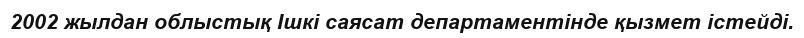
2002 жылдан облыстық Ішкі саясат департаментінде қызмет істейді.